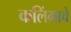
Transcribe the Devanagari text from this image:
कलिंगाचे